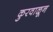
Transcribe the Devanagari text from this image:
कुरवाळून